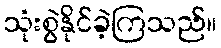
သုံးစွဲနိုင်ခဲ့ကြသည်။